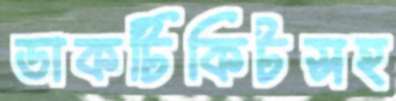
ডাকটিকিটসহ